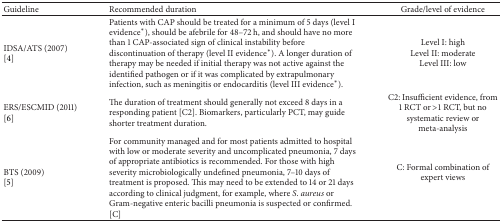
| Guideline | Recommended duration | Grade/level of evidence |
 | --- | --- | --- |
 | IDSA/ATS (2007) [4] | Patients with CAP should be treated for a minimum of 5 days (level I evidence*), should be afebrile for 48–72 h, and should have no more than 1 CAP-associated sign of clinical instability before discontinuation of therapy (level II evidence*). A longer duration of therapy may be needed if initial therapy was not active against the identified pathogen or if it was complicated by extrapulmonary infection, such as meningitis or endocarditis (level III evidence*). | Level I: highLevel II: moderateLevel III: low |
 | ERS/ESCMID (2011) [6] | The duration of treatment should generally not exceed 8 days in a responding patient [C2]. Biomarkers, particularly PCT, may guide shorter treatment duration. | C2: Insufficient evidence, from 1 RCT or >1 RCT, but no systematic review or meta-analysis |
 | BTS (2009) [5] | For community managed and for most patients admitted to hospital with low or moderate severity and uncomplicated pneumonia, 7 days of appropriate antibiotics is recommended. For those with high severity microbiologically undefined pneumonia, 7–10 days of treatment is proposed. This may need to be extended to 14 or 21 days according to clinical judgment, for example, where S. aureus or Gram-negative enteric bacilli pneumonia is suspected or confirmed. [C] | C: Formal combination of expert views |